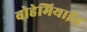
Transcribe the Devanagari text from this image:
बोहेमियाईइ